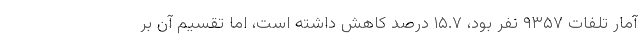
آمار تلفات ۹۳۵۷ نفر بود، ۱۵.۷ درصد کاهش داشته است، اما تقسیم آن بر